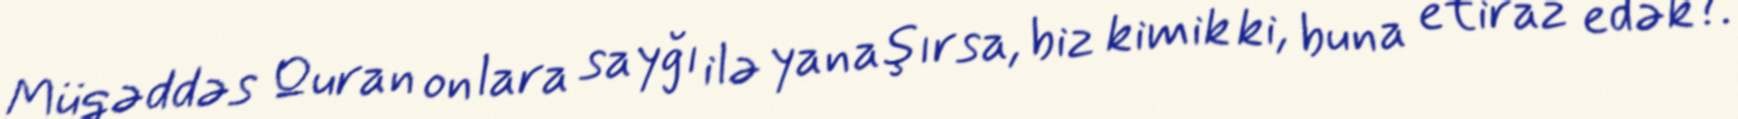
Müqəddəs Quran onlara sayğı ilə yanaşırsa, biz kimik ki, buna etiraz edək?.